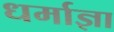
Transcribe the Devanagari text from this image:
धर्माज्ञा